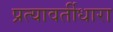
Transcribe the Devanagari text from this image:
प्रत्यावर्तीधारा